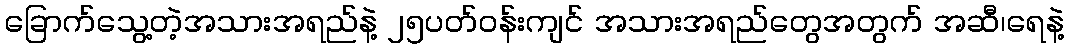
ခြောက်သွေ့တဲ့အသားအရည်နဲ့ ၂၅ပတ်ဝန်းကျင် အသားအရည်တွေအတွက် အဆီ၊ရေနဲ့